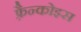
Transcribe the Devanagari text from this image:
फ़्रैन्कोइस